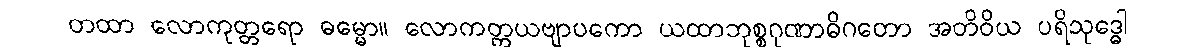
တထာ လောကုတ္တရော ဓမ္မော။ လောကတ္တယဗျာပကော ယထာဘုစ္စဂုဏာဓိဂတော အတိဝိယ ပရိသုဒ္ဓေါ